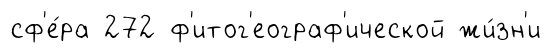
сф'е́ра 272 ф'итог'еограф'ической жи́зн'и